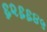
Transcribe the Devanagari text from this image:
६२६६४५